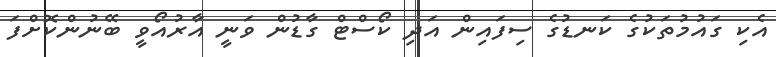
އެކި ގައުމުތަކުގެ ކަނޑުގެ ސިފައިން އަދި ކޯސްޓް ގާޑުން ވަނީ އާރުއޯވީ ބޭނުންކޮށްފަ